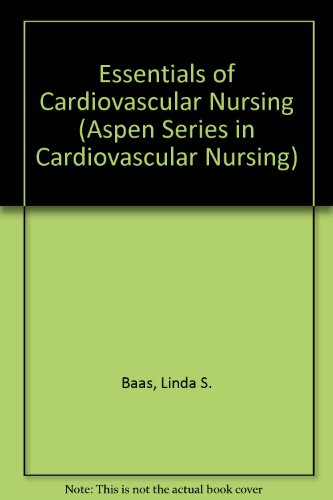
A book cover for Essentials of Cardiovascular Nursing (Aspen Series in Cardiovascular Nursing); Medical Books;